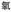
氧